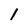
Character: 1